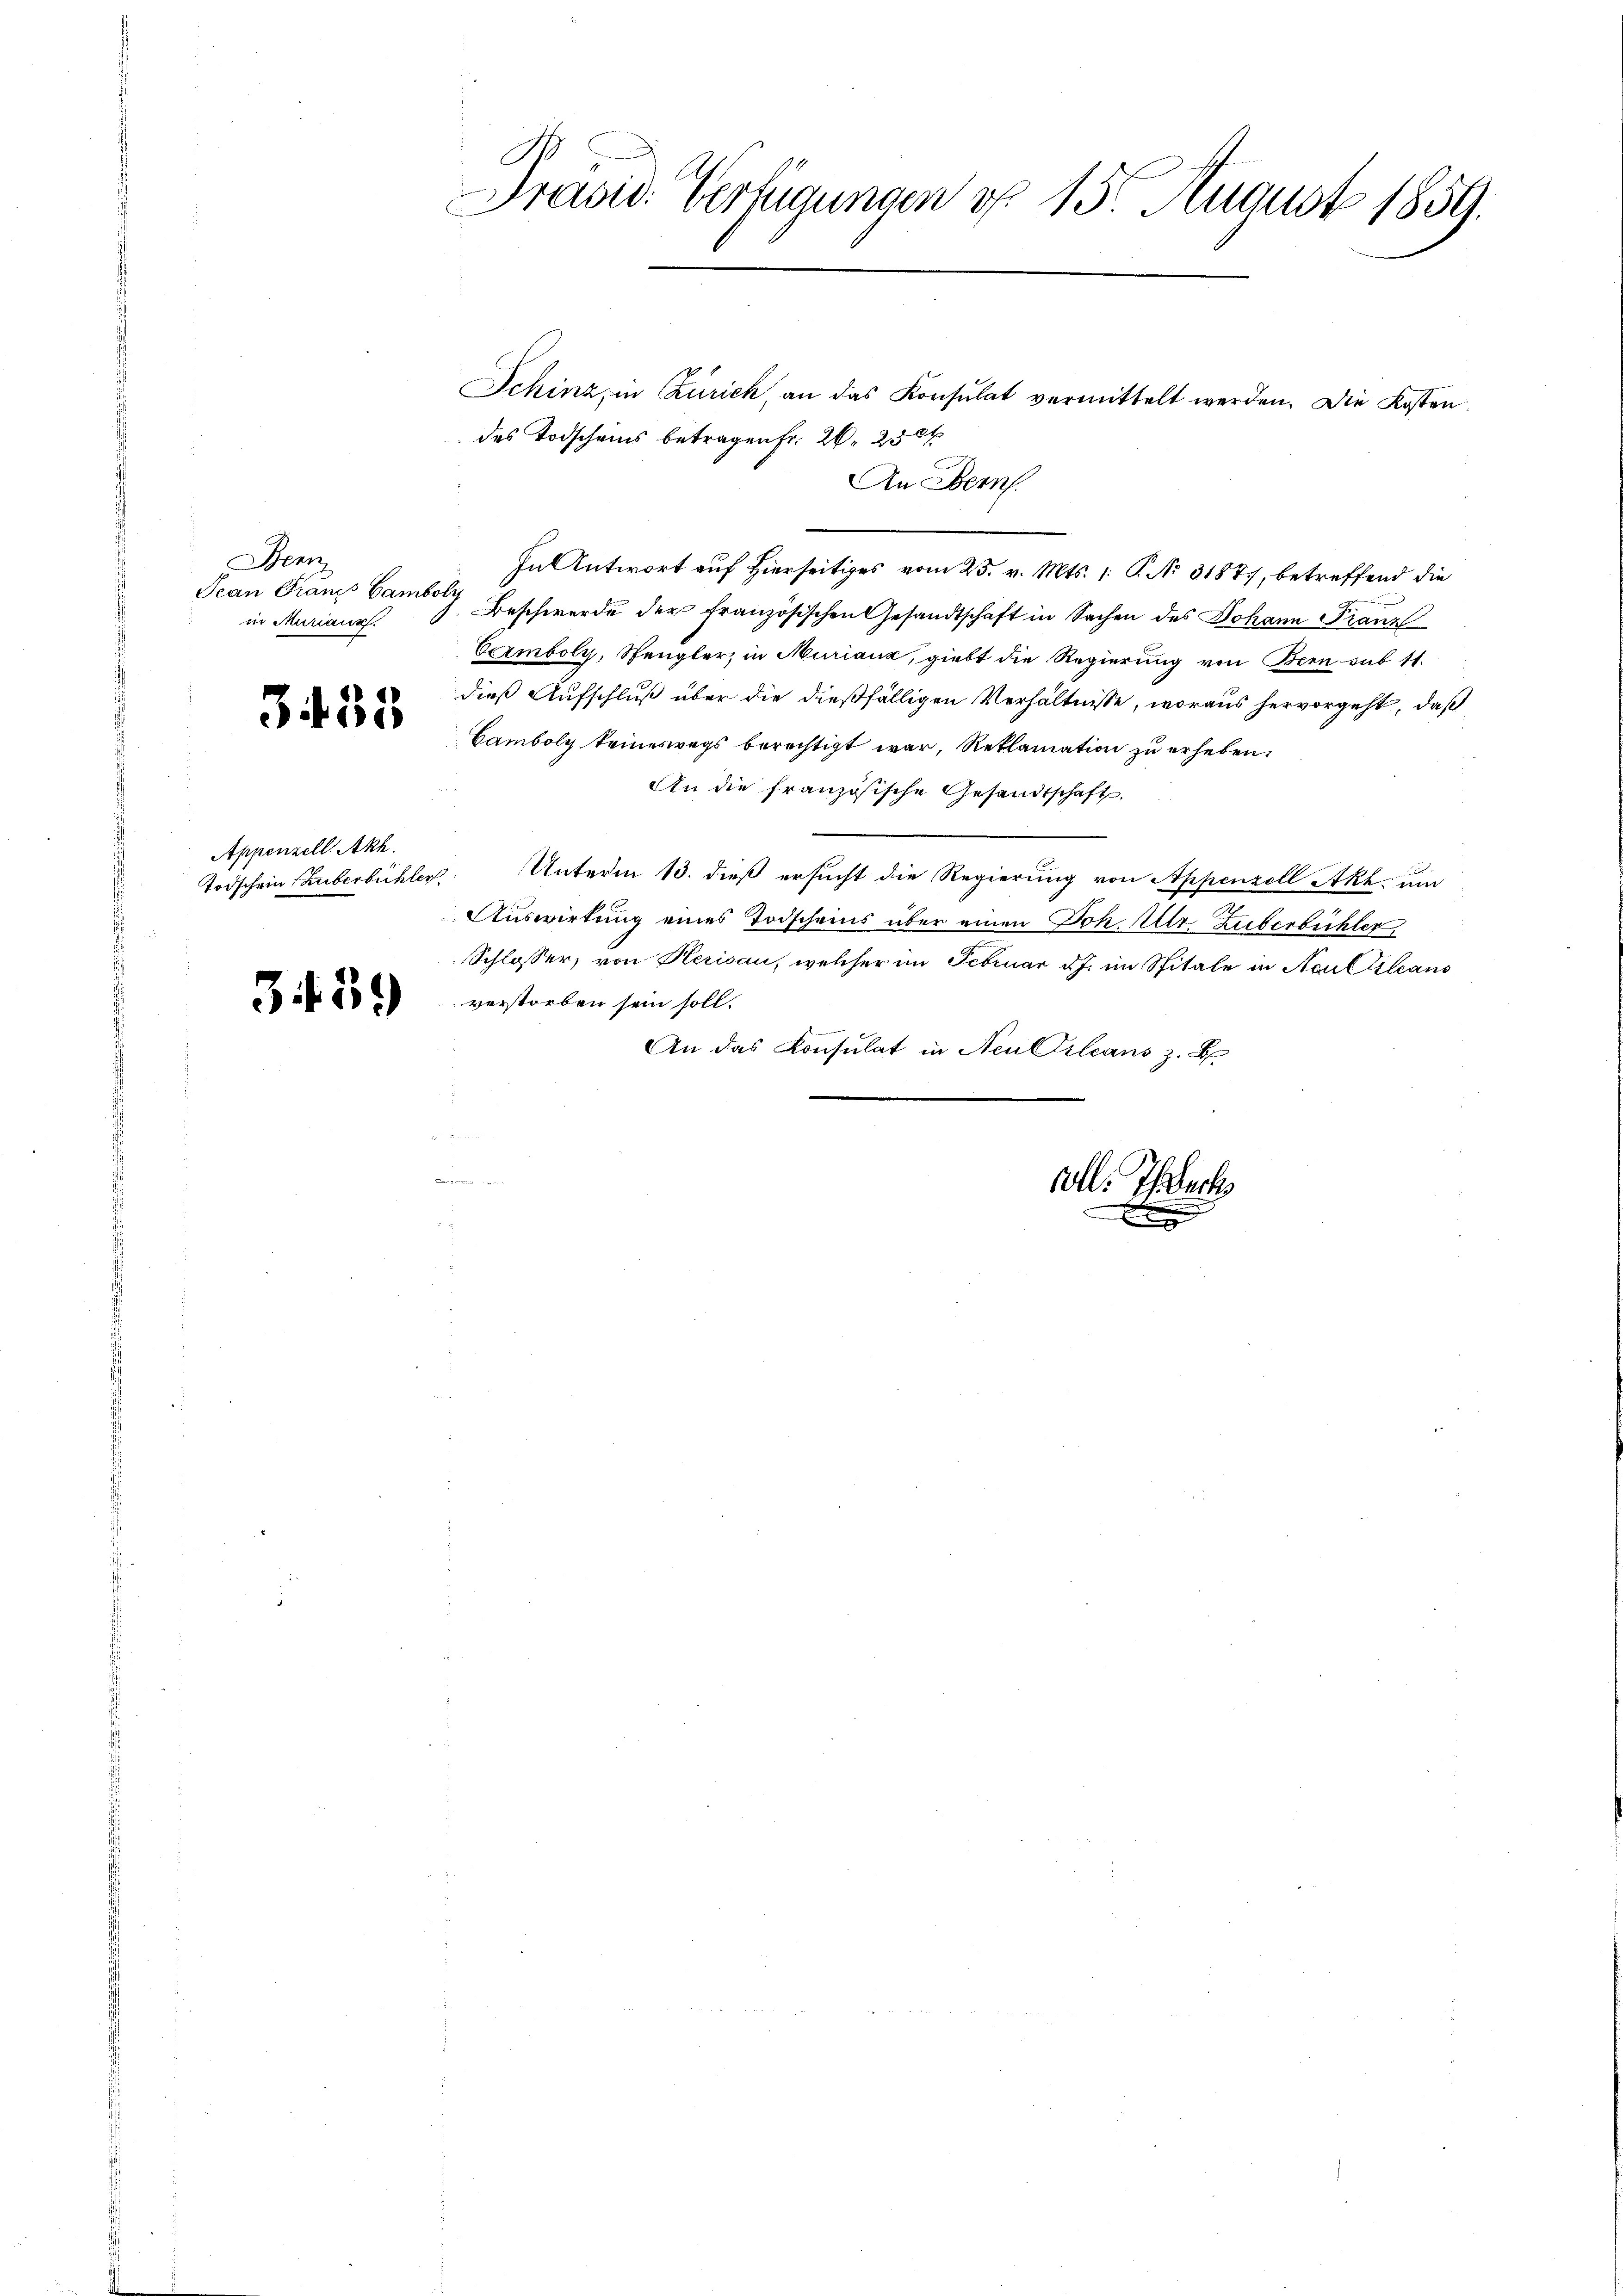
Benn
Jean Francs Gamboly
in Muriaux.

34. 55

Appenzell Akh.
Todschein Schuberbüchler

359

Präsid. Verfügungen d. 15 August 1859.

Schinz in Zürich, an das Konsulat vermittelt werden. Die Kosten
des Todscheins betragen Fr. 26. 250
An Bern.
—
In Antwort auf Hierseitiges vom 25. v. Mts. 1. P. No 31877, betreffend die
Beschwerde der französischen Gesandtschaft in Sachen des Johann Franz
Vomboly, Spengler, in Murianz, giebt die Regierung von Bern sub 11.
dieß Aufschluß über die dießfälligen Verhältnisse, woraus hervorgeht, daß
Samboly keineswegs berechtigt war, Reklamation zu erheben.
An die französische Gesandtschaft
Unterm 13. dieß ersucht die Regierung von Appenzell Akhum
Auswirkung eines Todscheins über einen Joh. Ulr. Zuberbüchler,
Schlosser, von Herisau, welcher im Februar d.J. im Spitale in Naultileans
verstorben sein soll.
An das Konsulat in Neu Orleans z. B.

voll. Ihrer
x